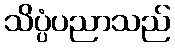
သိပ္ပံပညာသည်